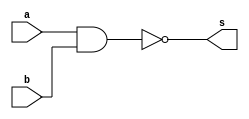
//---------------------
// Exemplo0006 - NAND
// Nome: Miguel Sousa
//---------------------

//---------------------
//--nand gate
//---------------------
module nandgate (output s, input  a, input  b);
  assign s = ( ~( a & b ));
endmodule // nand

//---------------------
//--test nand gate
//---------------------
module testnandgate;
//-------------------------dados locais
reg a, b; // definir registradores
wire s;
			// definir conexao (fio)
//-------------------------instancia
nandgate NAND1 (s, a, b);
//-------------------------preparacao
initial begin:start
				// atribuicao simultanea
				// dos valores iniciais
 a=0; b=0;
end
//-------------------------parte principal

initial begin
	$display("Exemplo0006 - Miguel Sousa - 463985");
	$display("Test NAND gate");
	$display("\na & b = s\n");
	a=0; b=0;
#1	$display("~(%b & %b) = %b", a, b, s);
	a=0; b=1;
#1	$display("~(%b & %b) = %b", a, b, s);
	a=1; b=0;
#1	$display("~(%b & %b) = %b", a, b, s);
	a=1; b=1;
#1	$display("~(%b & %b) = %b", a, b, s);
end

endmodule // testnandgate